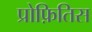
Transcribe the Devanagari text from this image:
प्रोफ़ितिस